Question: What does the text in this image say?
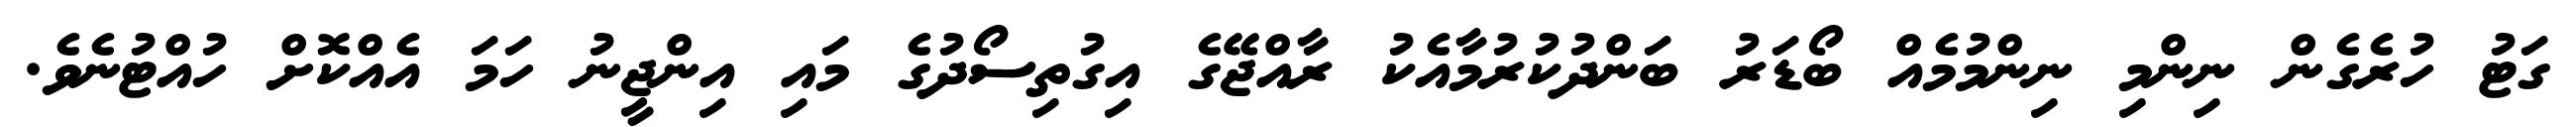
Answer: ގަޓު ހުރެގެން ނިންމި ނިންމުމެއް ބޯޑަރު ބަންދުކުރުމާއެކު ރާއްޖޭގެ އިގުތިސޯދުގެ މައި އިންޖީނު ހަމަ އެއްކޮށް ހުއްޓުނެވެ.